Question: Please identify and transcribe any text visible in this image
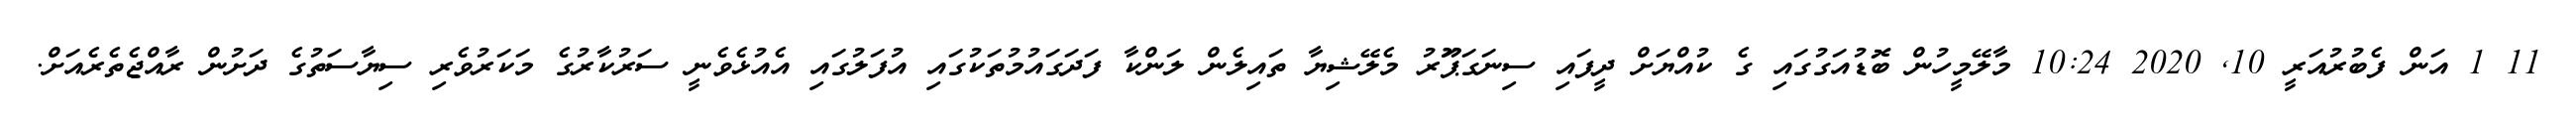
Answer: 11 1 އަން ފެބުރުއަރީ 10, 2020 10:24 މާލޭމީހުން ބޮޑުއަގުގައި ގެ ކުއްޔަށް ދީފައި ސިނަގަޕަޫރު މެލޭޝިޔާ ތައިލެން ލަންކާ ފަދަގައުމުތަކުގައި އުފަލުގައި އެއުޅެވެނީ ސަރުކާރުގެ މަކަރުވެރި ސިޔާސަތުގެ ދަށުން ރާއްޖެތެރެއަށް.